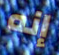
إنه